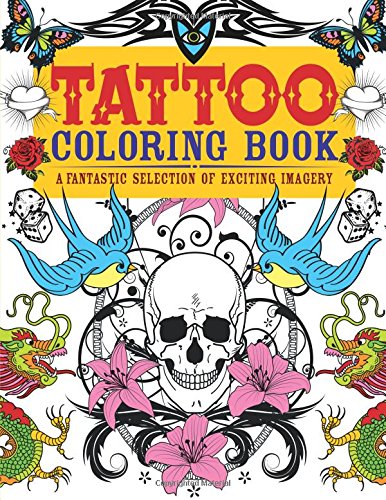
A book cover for Tattoo Coloring Book: A Fantastic Selection of Exciting Imagery (Chartwell Coloring Books); Patience Coster; Crafts, Hobbies & Home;